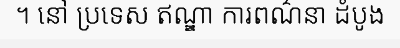
។ នៅ ប្រទេស ឥណ្ឌា ការពណ៌នា ដំបូង